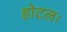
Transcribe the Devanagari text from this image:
होटलः